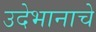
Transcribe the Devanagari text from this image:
उदेभानाचे